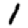
Digit: 1